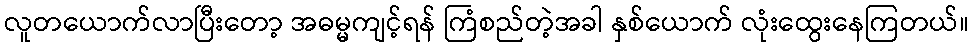
လူတယောက်လာပြီးတော့ အဓမ္မကျင့်ရန် ကြံစည်တဲ့အခါ နှစ်ယောက် လုံးထွေးနေကြတယ်။